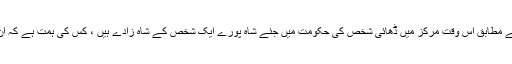
اب انھیں کون بتائے کہ ارون شوری کے مطابق اس وقت مرکز میں ڈھائی شخص کی حکومت میں جئے شاہ پورے ایک شخص کے شاہ زادے ہیں ، کس کی ہمت ہے کہ ان پر کسی طرح کی جانچ کی بات کہے۔